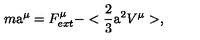
m \mathrm { \Large a } ^ { \mu } = F _ { e x t } ^ { \mu } - < \frac { 2 } { 3 } { \mathrm { \Large a } } ^ { 2 } V ^ { \mu } > ,